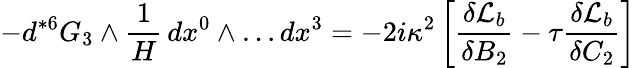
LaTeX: -d{}^{*6}G_{3}\wedge\frac{1}{H}\, dx^{0}\wedge\dots dx^{3}=-2i\kappa^{2}\left[\frac{\delta{\cal{L}}_{b}}{\delta B_{2}}-\tau\frac{\delta{\cal{L}}_{b}}{\delta C_{2}}\right]